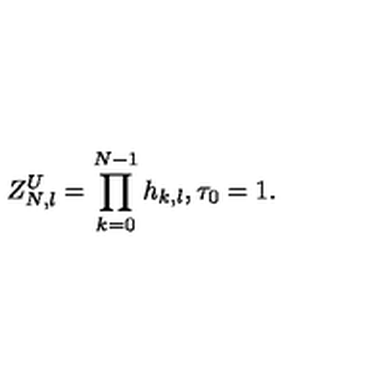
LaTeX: Z _ { N , l } ^ { U } = \prod _ { k = 0 } ^ { N - 1 } h _ { k , l } , \tau _ { 0 } = 1 .